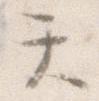
て